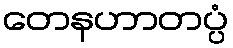
တေနဟာတပ္ပံ